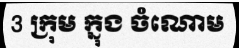
3 ក្រុម ក្នុង ចំណោម